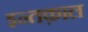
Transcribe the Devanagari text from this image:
इन्तक़ाल